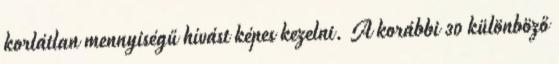
korlátlan mennyiségű hívást képes kezelni. A korábbi 30 különböző